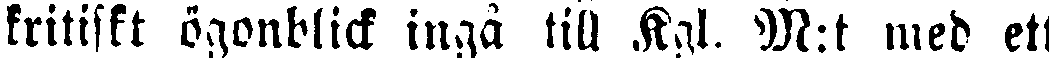
kritiskt ögonblick ingå till Kgl. M:t med ett